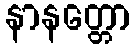
နာနတ္တော